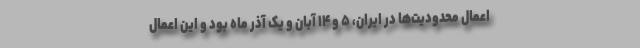
اعمال محدودیت‌ها در ایران، ۵ و ۱۴ آبان و یک آذر ماه بود و این اعمال